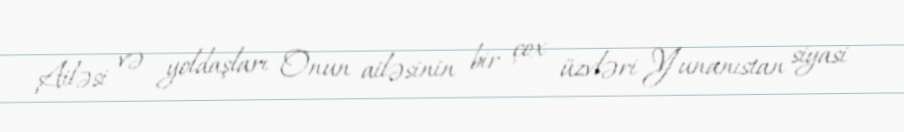
Ailəsi və yoldaşları Onun ailəsinin bir çox üzvləri Yunanıstan siyasi